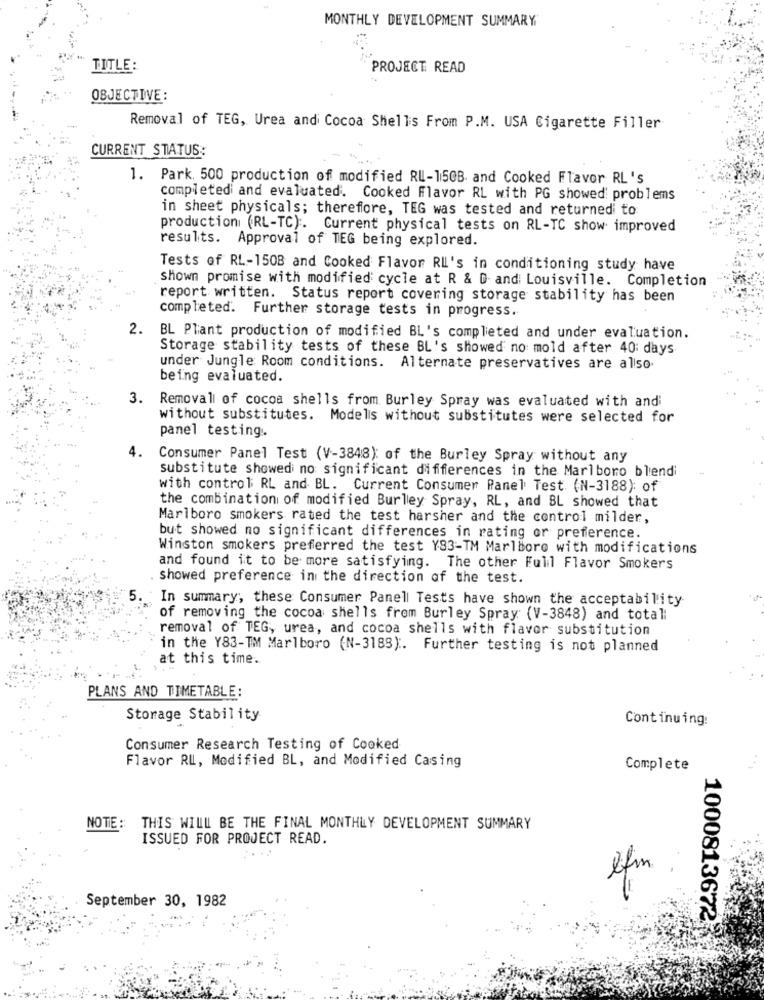
MONTHLY DEVELOPMENT SUMMARY
TITLE:
PROJECT READ
OBJECTIVE:
Removal of TEG, Urea and Cocoa Shells From P.M. USA Cigarette Filler
CURRENT STATUS:
1. Park. 500 production of modified RU-150B and Cooked Flavor RL's
completed and evaluated. Cooked Flavor RL with PG showed problems
in sheet physicals; therefore, TEG was tested and returned to
production (RL-TC) :. Current physical tests on RL-TC show improved
results. Approval of TEG being explored.
Tests of RL-150B and Cooked Flavor RI's in conditioning study have
shown promise with modified cycle at R & D and Louisville. Completion
report written. Status report covering storage stability has been
completed. Further storage tests in progress.
2.
BL Plant production of modified BL's completed and under evaluation.
Storage stability tests of these BL's showed no mold after 40: days
under Jungle Room conditions. Alternate preservatives are allso-
being evaluated.
3. Removal of cocoa shells from Burley Spray was evaluated with andi
without substitutes. Modells without substitutes were selected for
panel testing.
Consumer Panel Test (V-3848): of the Burley Spray without any
substitute showed no significant differences in the Marlboro blendi
with control RL and BL. Current Consumer Panel Test (N-3188): of
the combination of modified Burley Spray, RL, and BL showed that
Marlboro smokers rated the test harsher and the control milder,
but showed no significant differences in rating or preference.
Winston smokers preferred the test Y83-TM Marlboro with modifications
and found it to be more satisfying. The other Full Flavor Smokers
showed preference in the direction of the test.
5.
In summary, these Consumer Panell Tests have shown the acceptability
of removing the cocoa shells from Burley Spray (V-3848) and totall
removal of TEG, urea, and cocoa shells with flavor substitution
in the Y83-TM Marlboro (N-3183) :. Further testing is not planned
at this time.
PLANS AND TIMETABLE:
Storage Stability
Continuing:
Consumer Research Testing of Cooked
Flavor RIL, Modified BL, and Modified Casing
Complete
NOTE: THIS WILL BE THE FINAL MONTHLY DEVELOPMENT SUMMARY
ISSUED FOR PROJECT READ.
...
lfm
=
September 30, 1982
1000813672